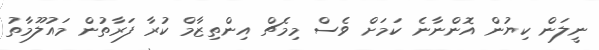
ނީލަން ކިޔުން އޮންނާނެ ކަމަށް ވެސް މިމެޗް އިންތިޒާމް ކުރާ ފަރާތުން މައުލޫމާތު